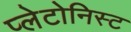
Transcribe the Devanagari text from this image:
प्लेटोनिस्ट